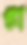
গ